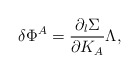
\begin{align*}\delta\Phi^A={\partial _l\Sigma\over \partial K_A}\Lambda,\end{align*}